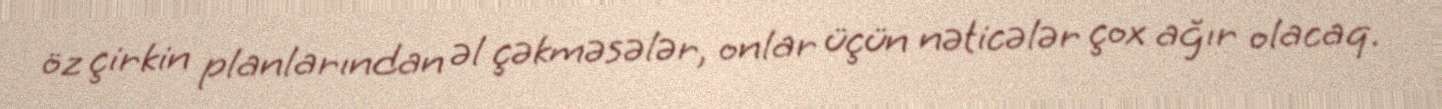
öz çirkin planlarından əl çəkməsələr, onlar üçün nəticələr çox ağır olacaq.